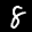
Label: 8